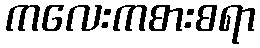
ကလေးကစားစရာ